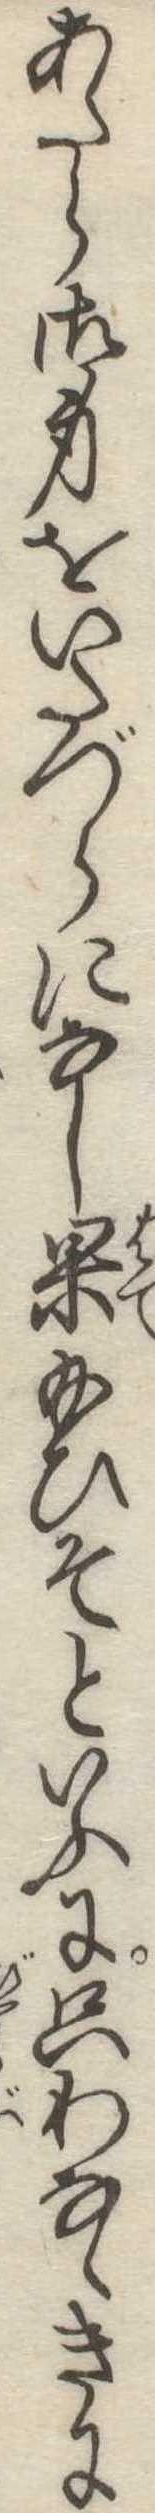
あたら御身をいたづらになし果給ひそといふに只わなゝきに